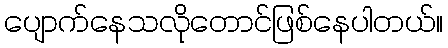
ပျောက်နေသလိုတောင်ဖြစ်နေပါတယ်။